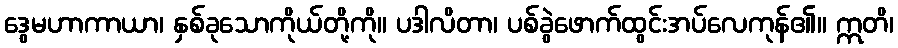
ဒွေမဟာကာယာ၊ နှစ်ခုသောကိုယ်တို့ကို။ ပဒါလိတာ၊ ပစ်ခွဲဖောက်ထွင်းအပ်လေကုန်၏။ ဣတိ၊